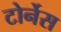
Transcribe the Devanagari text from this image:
टोर्नेस